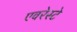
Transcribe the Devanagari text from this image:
एवरेस्‍टे